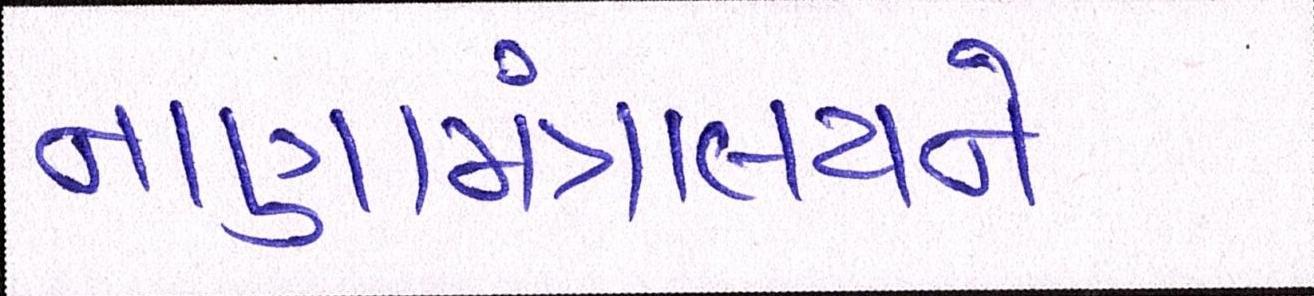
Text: નાણામંત્રાલયને